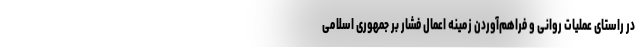
در راستای عملیات روانی و فراهم‌آوردن زمینه اعمال فشار بر جمهوری اسلامی